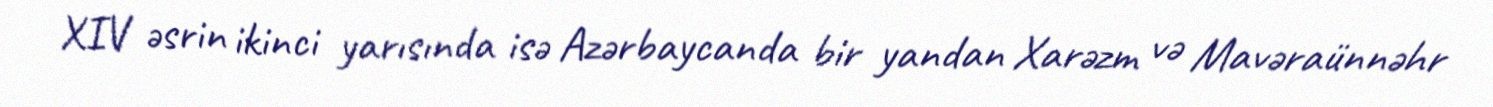
XIV əsrin ikinci yarısında isə Azərbaycanda bir yandan Xarəzm və Mavəraünnəhr